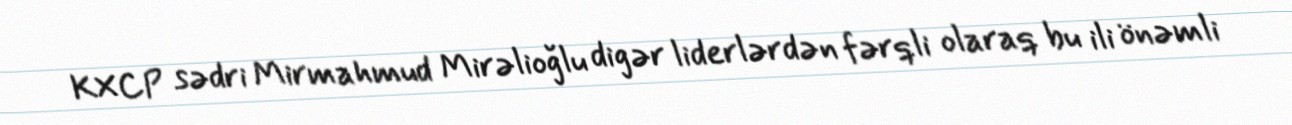
KXCP sədri Mirmahmud Mirəlioğlu digər liderlərdən fərqli olaraq bu ili önəmli